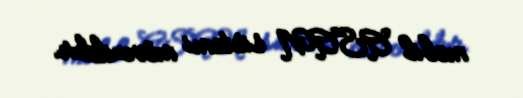
mobil ASAN sistemi mövcuddur.